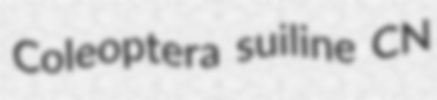
Coleoptera suiline CN